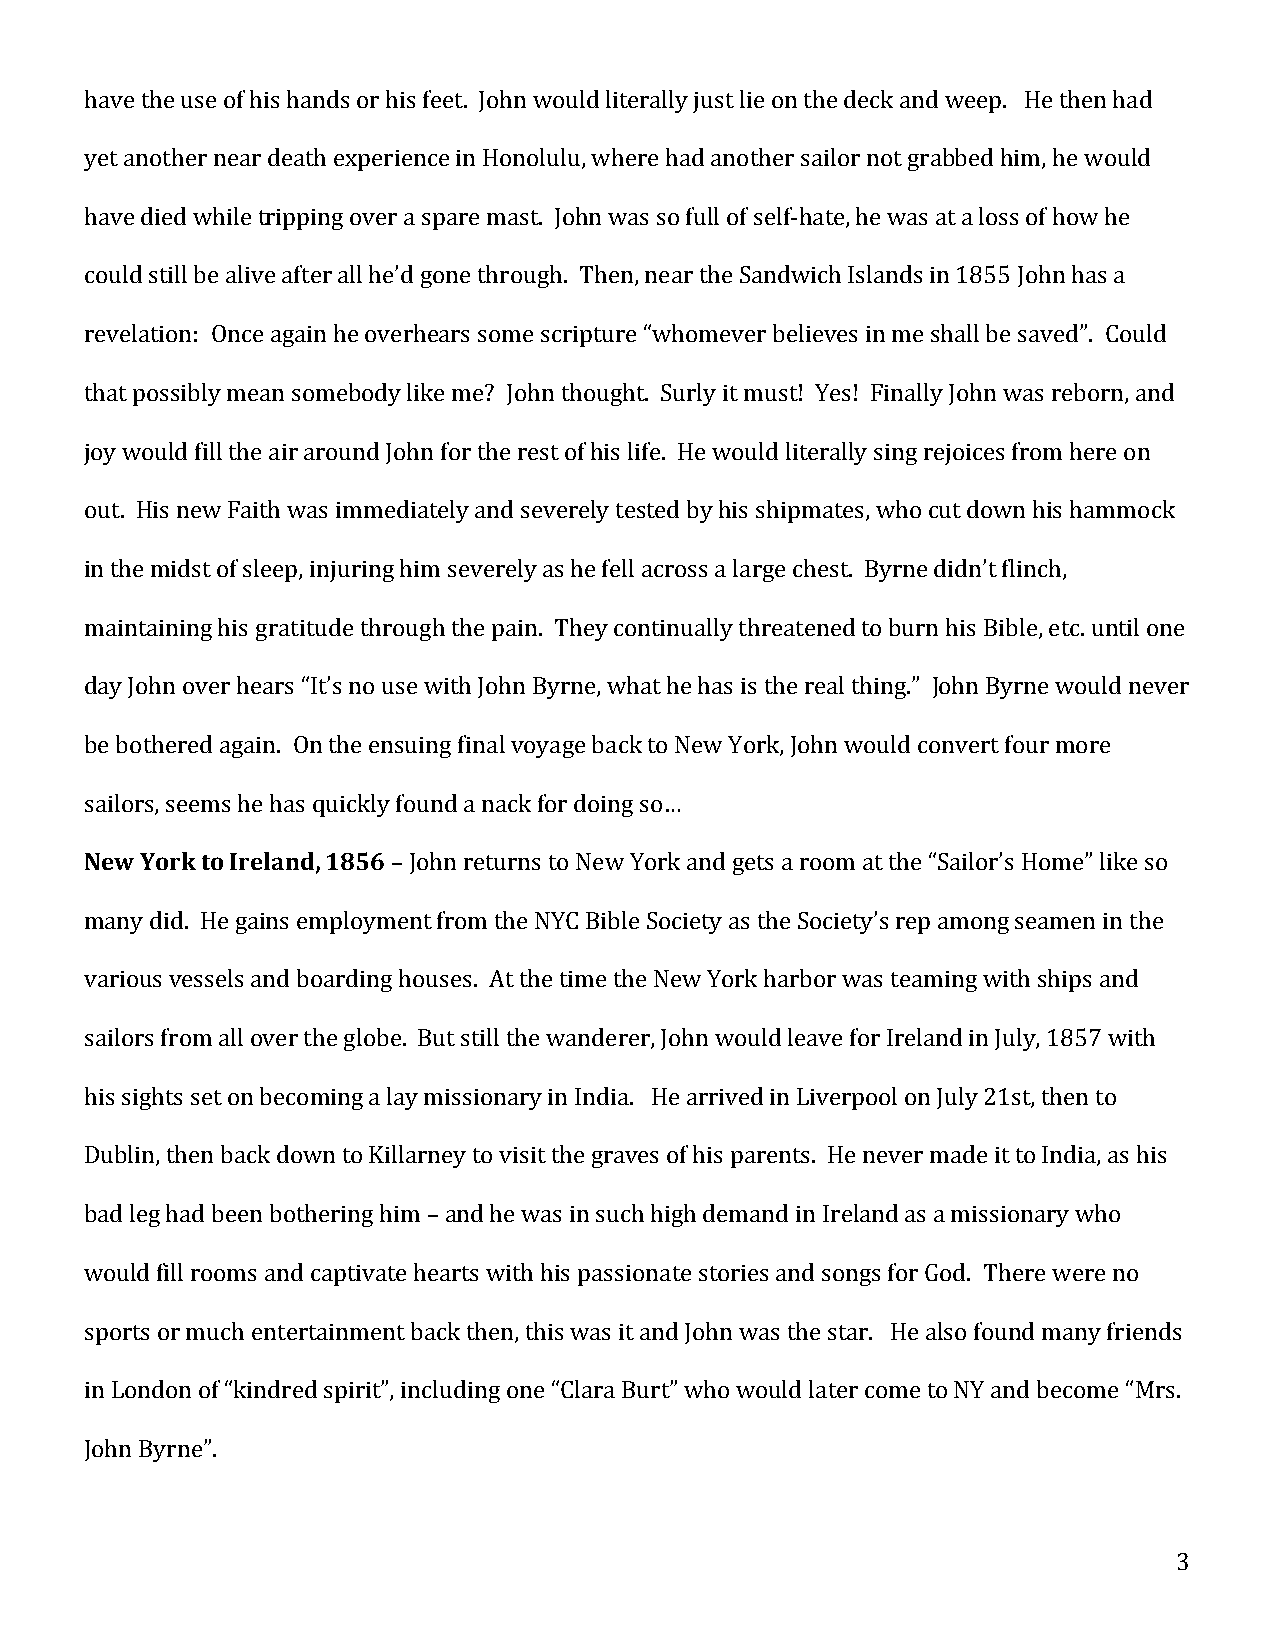
have the use of his hands or his feet. John would literally just lie on the deck and weep. He then had
 yet another near death experience in Honolulu, where had another sailor not grabbed him, he would
 have died while tripping over a spare mast. John was so full of self-hate, he was at a loss of how he
 could still be alive after all he’d gone through. Then, near the Sandwich Islands in 1855 John has a
 revelation: Once again he overhears some scripture “whomever believes in me shall be saved”. Could
 that possibly mean somebody like me? John thought. Surly it must! Yes! Finally John was reborn, and
 joy would fill the air around John for the rest of his life. He would literally sing rejoices from here on
 out. His new Faith was immediately and severely tested by his shipmates, who cut down his hammock
 in the midst of sleep, injuring him severely as he fell across a large chest. Byrne didn’t flinch,
 maintaining his gratitude through the pain. They continually threatened to burn his Bible, etc. until one
 day John over hears “It’s no use with John Byrne, what he has is the real thing.” John Byrne would never
 be bothered again. On the ensuing final voyage back to New York, John would convert four more
 sailors, seems he has quickly found a nack for doing so…
 New York to Ireland, 1856 – John returns to New York and gets a room at the “Sailor’s Home” like so
 many did. He gains employment from the NYC Bible Society as the Society’s rep among seamen in the
 various vessels and boarding houses. At the time the New York harbor was teaming with ships and
 sailors from all over the globe. But still the wanderer, John would leave for Ireland in July, 1857 with
 his sights set on becoming a lay missionary in India. He arrived in Liverpool on July 21st, then to
 Dublin, then back down to Killarney to visit the graves of his parents. He never made it to India, as his
 bad leg had been bothering him – and he was in such high demand in Ireland as a missionary who
 would fill rooms and captivate hearts with his passionate stories and songs for God. There were no
 sports or much entertainment back then, this was it and John was the star. He also found many friends
 in London of “kindred spirit”, including one “Clara Burt” who would later come to NY and become “Mrs.
 John Byrne”.
 3